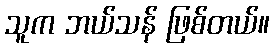
သူက ဘယ်သန် ဖြစ်တယ်။